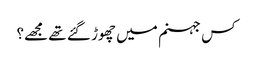
کس جہنم میں چھوڑ گئے تھے مجھے؟